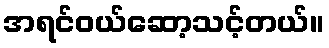
အရင်ဝယ်ဆော့သင့်တယ်။